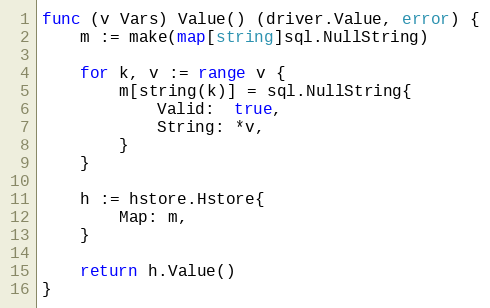
Language: Go
func (v Vars) Value() (driver.Value, error) {
	m := make(map[string]sql.NullString)

	for k, v := range v {
		m[string(k)] = sql.NullString{
			Valid:  true,
			String: *v,
		}
	}

	h := hstore.Hstore{
		Map: m,
	}

	return h.Value()
}